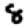
Digit: 8